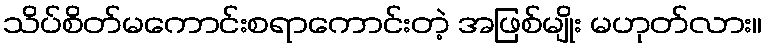
သိပ်စိတ်မကောင်းစရာကောင်းတဲ့ အဖြစ်မျိုး မဟုတ်လား။